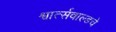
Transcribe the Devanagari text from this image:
श्वार्त्सवाल्डचे